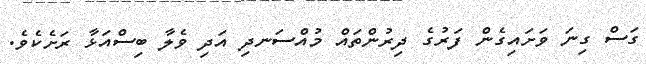
ގަސް ގިނަ ވަށައިގެން ފަރުގެ ދިރުންތައް މުއްސަނދި އަދި ވެލާ ބިސްއަޅާ ރަށެކެވެ.